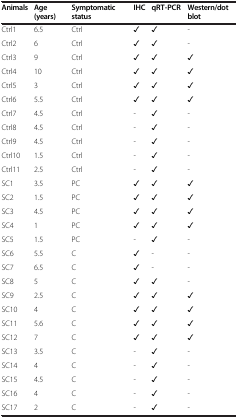
| Animals | Age (years) | Symptomatic status | IHC | qRT-PCR | Western/dot blot |
 | --- | --- | --- | --- | --- | --- |
 | Ctrl1 | 6.5 | Ctrl | ✓ | ✓ | - |
 | Ctrl2 | 6 | Ctrl | ✓ | ✓ | - |
 | Ctrl3 | 9 | Ctrl | ✓ | ✓ | ✓ |
 | Ctrl4 | 10 | Ctrl | ✓ | ✓ | ✓ |
 | Ctrl5 | 3 | Ctrl | ✓ | ✓ | ✓ |
 | Ctrl6 | 5.5 | Ctrl | ✓ | ✓ | ✓ |
 | Ctrl7 | 4.5 | Ctrl | - | ✓ | - |
 | Ctrl8 | 4.5 | Ctrl | - | ✓ | - |
 | Ctrl9 | 4.5 | Ctrl | - | ✓ | - |
 | Ctrl10 | 1.5 | Ctrl | - | ✓ | - |
 | Ctrl11 | 2.5 | Ctrl | - | ✓ | - |
 | SC1 | 3.5 | PC | ✓ | ✓ | ✓ |
 | SC2 | 1.5 | PC | ✓ | ✓ | ✓ |
 | SC3 | 4.5 | PC | ✓ | ✓ | ✓ |
 | SC4 | 1 | PC | ✓ | ✓ | ✓ |
 | SC5 | 1.5 | PC | - | ✓ | - |
 | SC6 | 5.5 | C | ✓ | - | - |
 | SC7 | 6.5 | C | ✓ | - | - |
 | SC8 | 5 | C | ✓ | ✓ | - |
 | SC9 | 2.5 | C | ✓ | ✓ | ✓ |
 | SC10 | 4 | C | ✓ | ✓ | ✓ |
 | SC11 | 5.6 | C | ✓ | ✓ | ✓ |
 | SC12 | 7 | C | ✓ | ✓ | ✓ |
 | SC13 | 3.5 | C | - | ✓ | - |
 | SC14 | 4 | C | - | ✓ | - |
 | SC15 | 4.5 | C | - | ✓ | - |
 | SC16 | 4 | C | - | ✓ | - |
 | SC17 | 2 | C | - | ✓ | - |